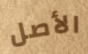
الأصل